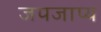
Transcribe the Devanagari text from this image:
जपजाप्य